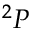
^ 2 P